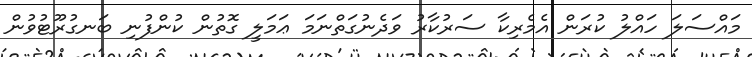
މައްސަލަ ހައްލު ކުރަން އެމެރިކާ ސަރުކާރު ވަދެނުގަތްނަމަ ޢަމަލީ ގޮތުން ކުންފުނި ބަނގުރޫޓުވުން